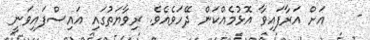
-    އަށް އަރާފައިވާ އޮޅުމެއްކަން ދޭހަވެއެވެ. ރިވާޔަތުގައި އައިސްފައިވަނީ